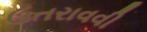
ઉતરાવવી